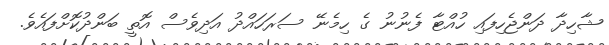
ޝާހިދާ ދަންޖެހިފައި ހުއްޓާ ފެނުނު ގެ ހިމެނޭ ސަރަހައްދު އަދިވެސް އޮތީ ބަންދުކޮށްފައެވެ.